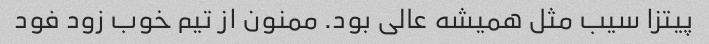
پیتزا سیب مثل همیشه عالی بود. ممنون از تیم خوب زود فود